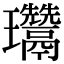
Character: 𤫨